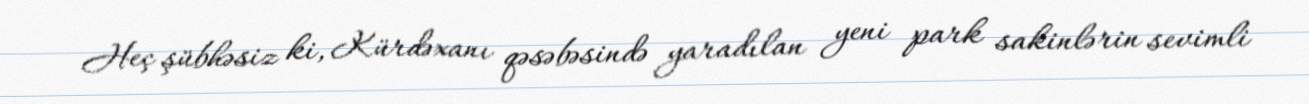
Heç şübhəsiz ki, Kürdəxanı qəsəbəsində yaradılan yeni park sakinlərin sevimli